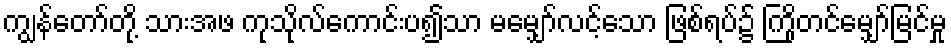
ကျွန်တော်တို့ သားအဖ ကုသိုလ်ကောင်းပ၍သာ မမျှော်လင့်သော ဖြစ်ရပ်၌ ကြိုတင်မျှော်မြင်မှု